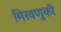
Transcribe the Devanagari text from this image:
मिरवणुकी